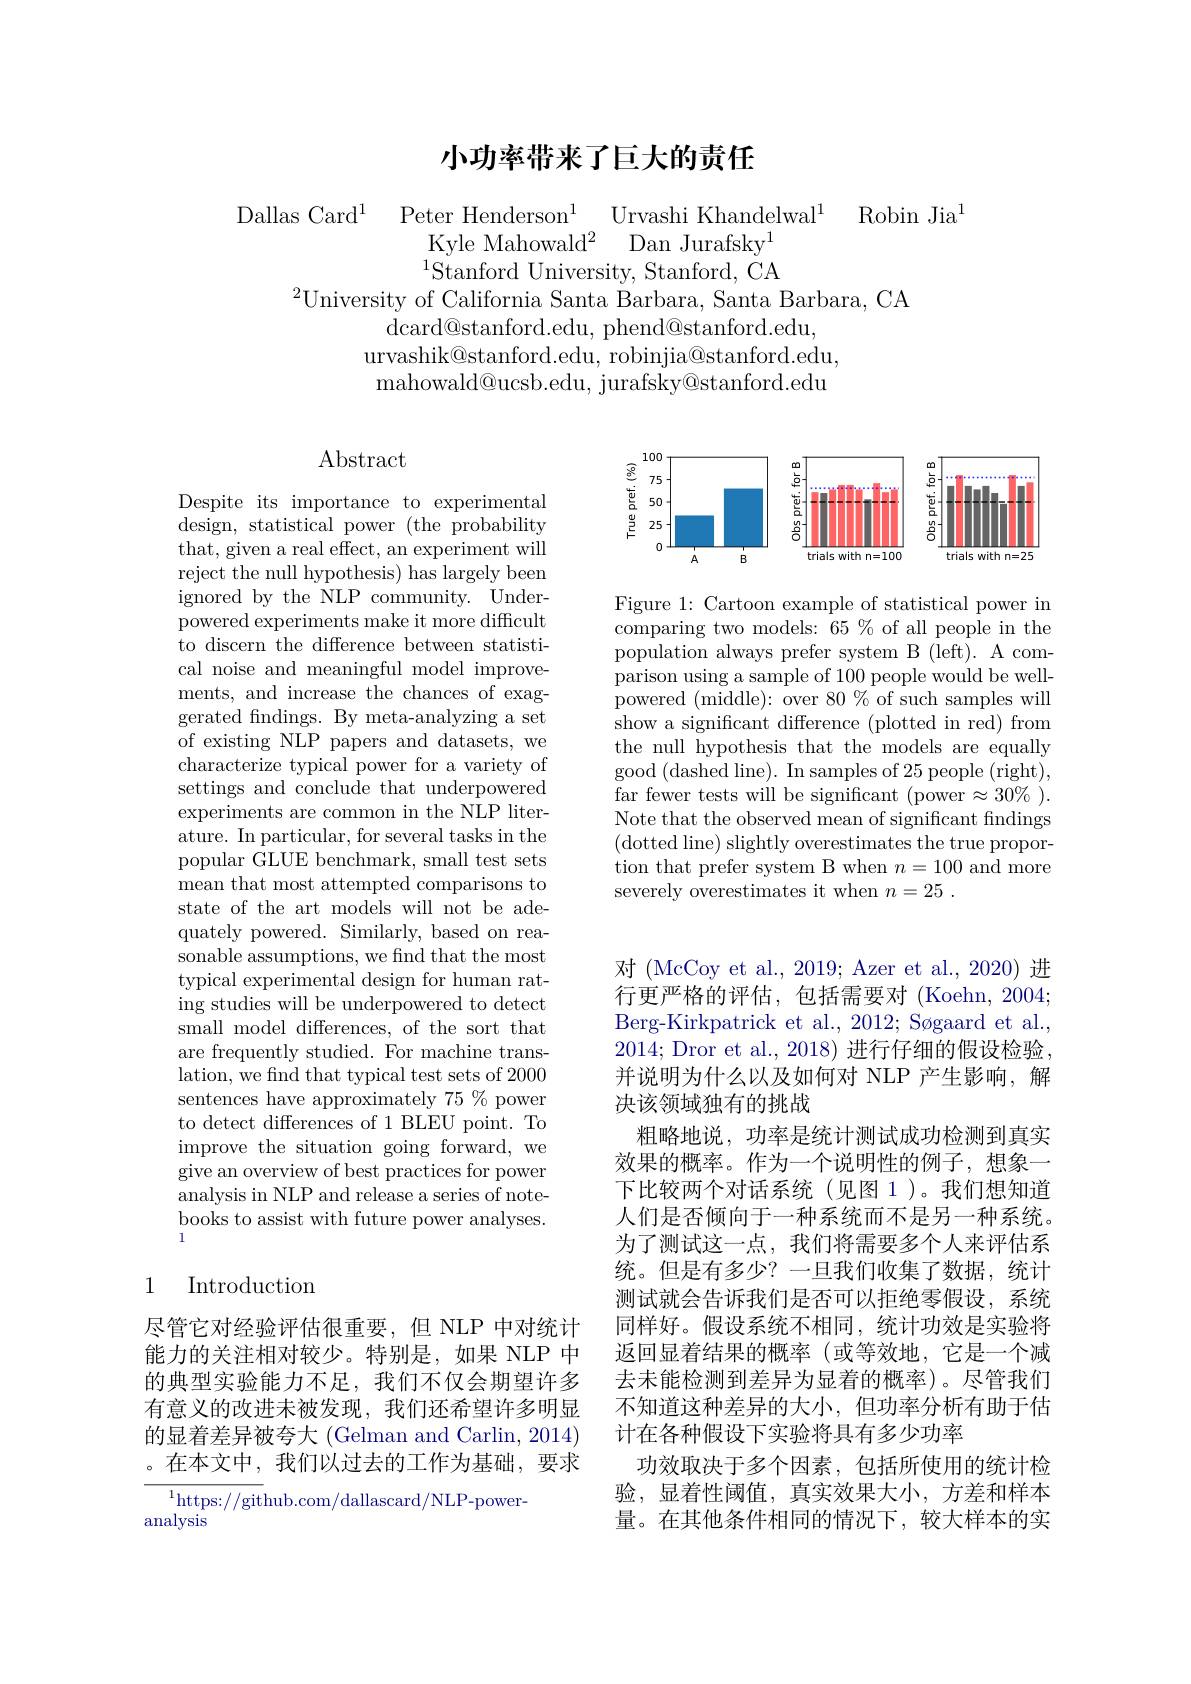
## 小功率带来了巨大的责任

$\begin{array}{cc}{\mathrm{Dallas~Card}^{1}}&{{\mathrm{Peter~Henderson}^{1}}}&{{\mathrm{Urvashi~Khandelwal}^{1}}}&{{\mathrm{Robin~Jia}^{1}}}\\&{{\mathrm{Kyle~Mahowald}^{2}}}&{{\mathrm{Dan~Jurafsky}^{1}}}\end{array}$
$^{1}$Stanford University, Stanford, CA
$^{2}$University of California Santa Barbara, Santa Barbara, CA
dcard@ stanford. edu, phend@ stanford. edu,
urvashik@stanford.edu, robinjia@stanford.edu, mahowald@ ucsb. edu, jurafsky@ stanford. edu

<FigureHere>

Figure 1: Cartoon example of statistical power in comparing two models: 65 % of all people in the population always prefer system B (left). A comparison using a sample of 100 people would be wellpowered (middle): over 80 % of such samples will show a significant difference (plotted in red) from the null hypothesis that the models are equally good (dashed line). In samples of 25 people (right), far fewer tests will be significant (power$\approx30\%).$ Note that the observed mean of significant findings (dotted line) slightly overestimates the true proportion that prefer system B when $n=100$ and more severely overestimates it when $n= 25$ .

## $\operatorname{Abstract}$

Despite its importance to experimental design, statistical power (the probability that, given a real effect, an experiment will reject the null hypothesis) has largely been ignored by the NLP community. Underpowered experiments make it more difficult to discern the difference between statistical noise and meaningful model improvements, and increase the chances of exaggerated fndings. By meta-analyzing a set of existing NLP papers and datasets, we characterize typical power for a variety of settings and conclude that underpowered experiments are common in the NLP literature. In particular, for several tasks in the popular $\overset{.}{\operatorname*{GLUE}}$benchmark, small test sets mean that most attempted comparisons to state of the art models will not be adequately powered. Similarly, based on reasonable assumptions, we find that the most typical experimental design for human rating studies will be underpowered to detect small model differences, of the sort that are frequently studied. For machine translation, we find that typical test sets of 2000 sentences have approximately $75\%$ power to detect differences of 1 BLEU point. To improve the situation going forward, we give an overview of best practices for power analysis in NLP and release a series of notebooks to assist with future power analyses. 1

## 1 Introduction

尽管它对经验评估很重要，但 NLP 中对统计能力的关注相对较少。特别是，如果 NLP 中的典型实验能力不足，我们不仅会期望许多有意义的改进未被发现，我们还希望许多明显的显着差异被夸大 (Gelman and Carlin, 2014) 。在本文中，我们以过去的工作为基础，要求

${\overline{{^1}\text{https://git}}}$hub.com/dallascard/NLP-power-
analysis

对 (McCoy et al., 2019; Azer et al., 2020) 进行更严格的评估，包括需要对 (Koehn,2004; Berg-Kirkpatrick et al., 2012; Søgaard et al., 2014; Dror et al., 2018) 进行仔细的假设检验， 并说明为什么以及如何对 NLP 产生影响，解决该领域独有的挑战
粗略地说，功率是统计测试成功检测到真实效果的概率。作为一个说明性的例子，想象一下比较两个对话系统(见图 1)。我们想知道人们是否倾向于一种系统而不是另一种系统。为了测试这一点，我们将需要多个人来评估系统。但是有多少？一旦我们收集了数据，统计测试就会告诉我们是否可以拒绝零假设，系统同样好。假设系统不相同，统计功效是实验将返回显着结果的概率(或等效地，它是一个减去未能检测到差异为显着的概率)。尽管我们不知道这种差异的大小，但功率分析有助于估计在各种假设下实验将具有多少功率
功效取决于多个因素，包括所使用的统计检验，显着性阈值，真实效果大小，方差和样本量。在其他条件相同的情况下，较大样本的实